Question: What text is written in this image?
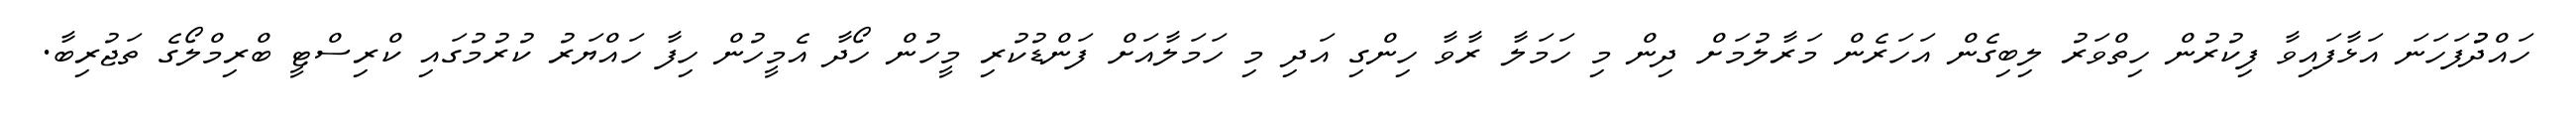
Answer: ހައްދުުފަހަނަ އަޅާފައިވާ ފިކުރުން ހިތްވަރު ލިބިގެން އަހަރެން މަރާލުމަށް ދިން މި ހަމަލާ ރާވާ ހިންގި އަދި މި ހަމަލާއަށް ފަންޑުކުރި މީހުން ހޯދާ އެމީހުން ހިފާ ހައްޔަރު ކުރުމުގައި ކްރިސްޓީ ބްރިމްލޯގެ ތަޖުރިބާ.